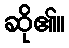
ဆို၏။